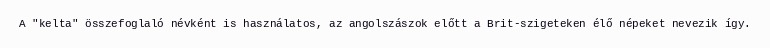
A "kelta" összefoglaló névként is használatos, az angolszászok előtt a Brit-szigeteken élő népeket nevezik így.